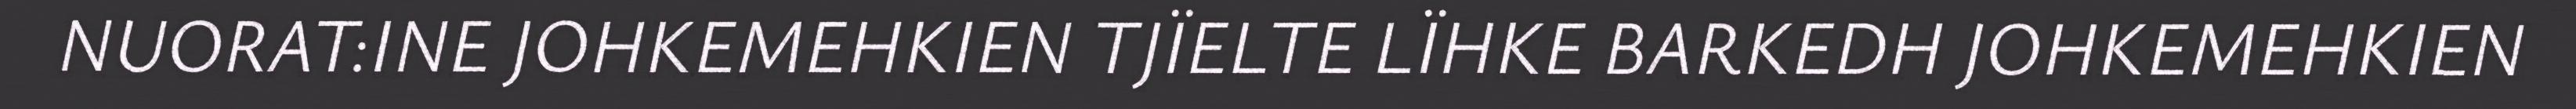
NUORAT:INE JOHKEMEHKIEN TJÏELTE LÏHKE BARKEDH JOHKEMEHKIEN